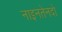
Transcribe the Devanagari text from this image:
नाइनतेनदो